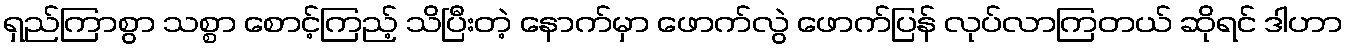
ရှည်ကြာစွာ သစ္စာ စောင့်ကြည့် သိပြီးတဲ့ နောက်မှာ ဖောက်လွဲ ဖောက်ပြန် လုပ်လာကြတယ် ဆိုရင် ဒါဟာ